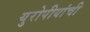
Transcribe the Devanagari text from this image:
युरोपीयांची